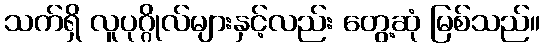
သက်ရှိ လူပုဂ္ဂိုလ်များနှင့်လည်း တွေ့ဆုံ မြစ်သည်။